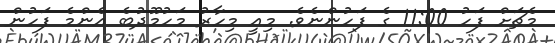
މެޗަށް ފަހު 11:00 ގެ ފަހުންނެވެ. މިއީ މިހާރު މަހުމޫދުބެ އެންމެ ފަހުން